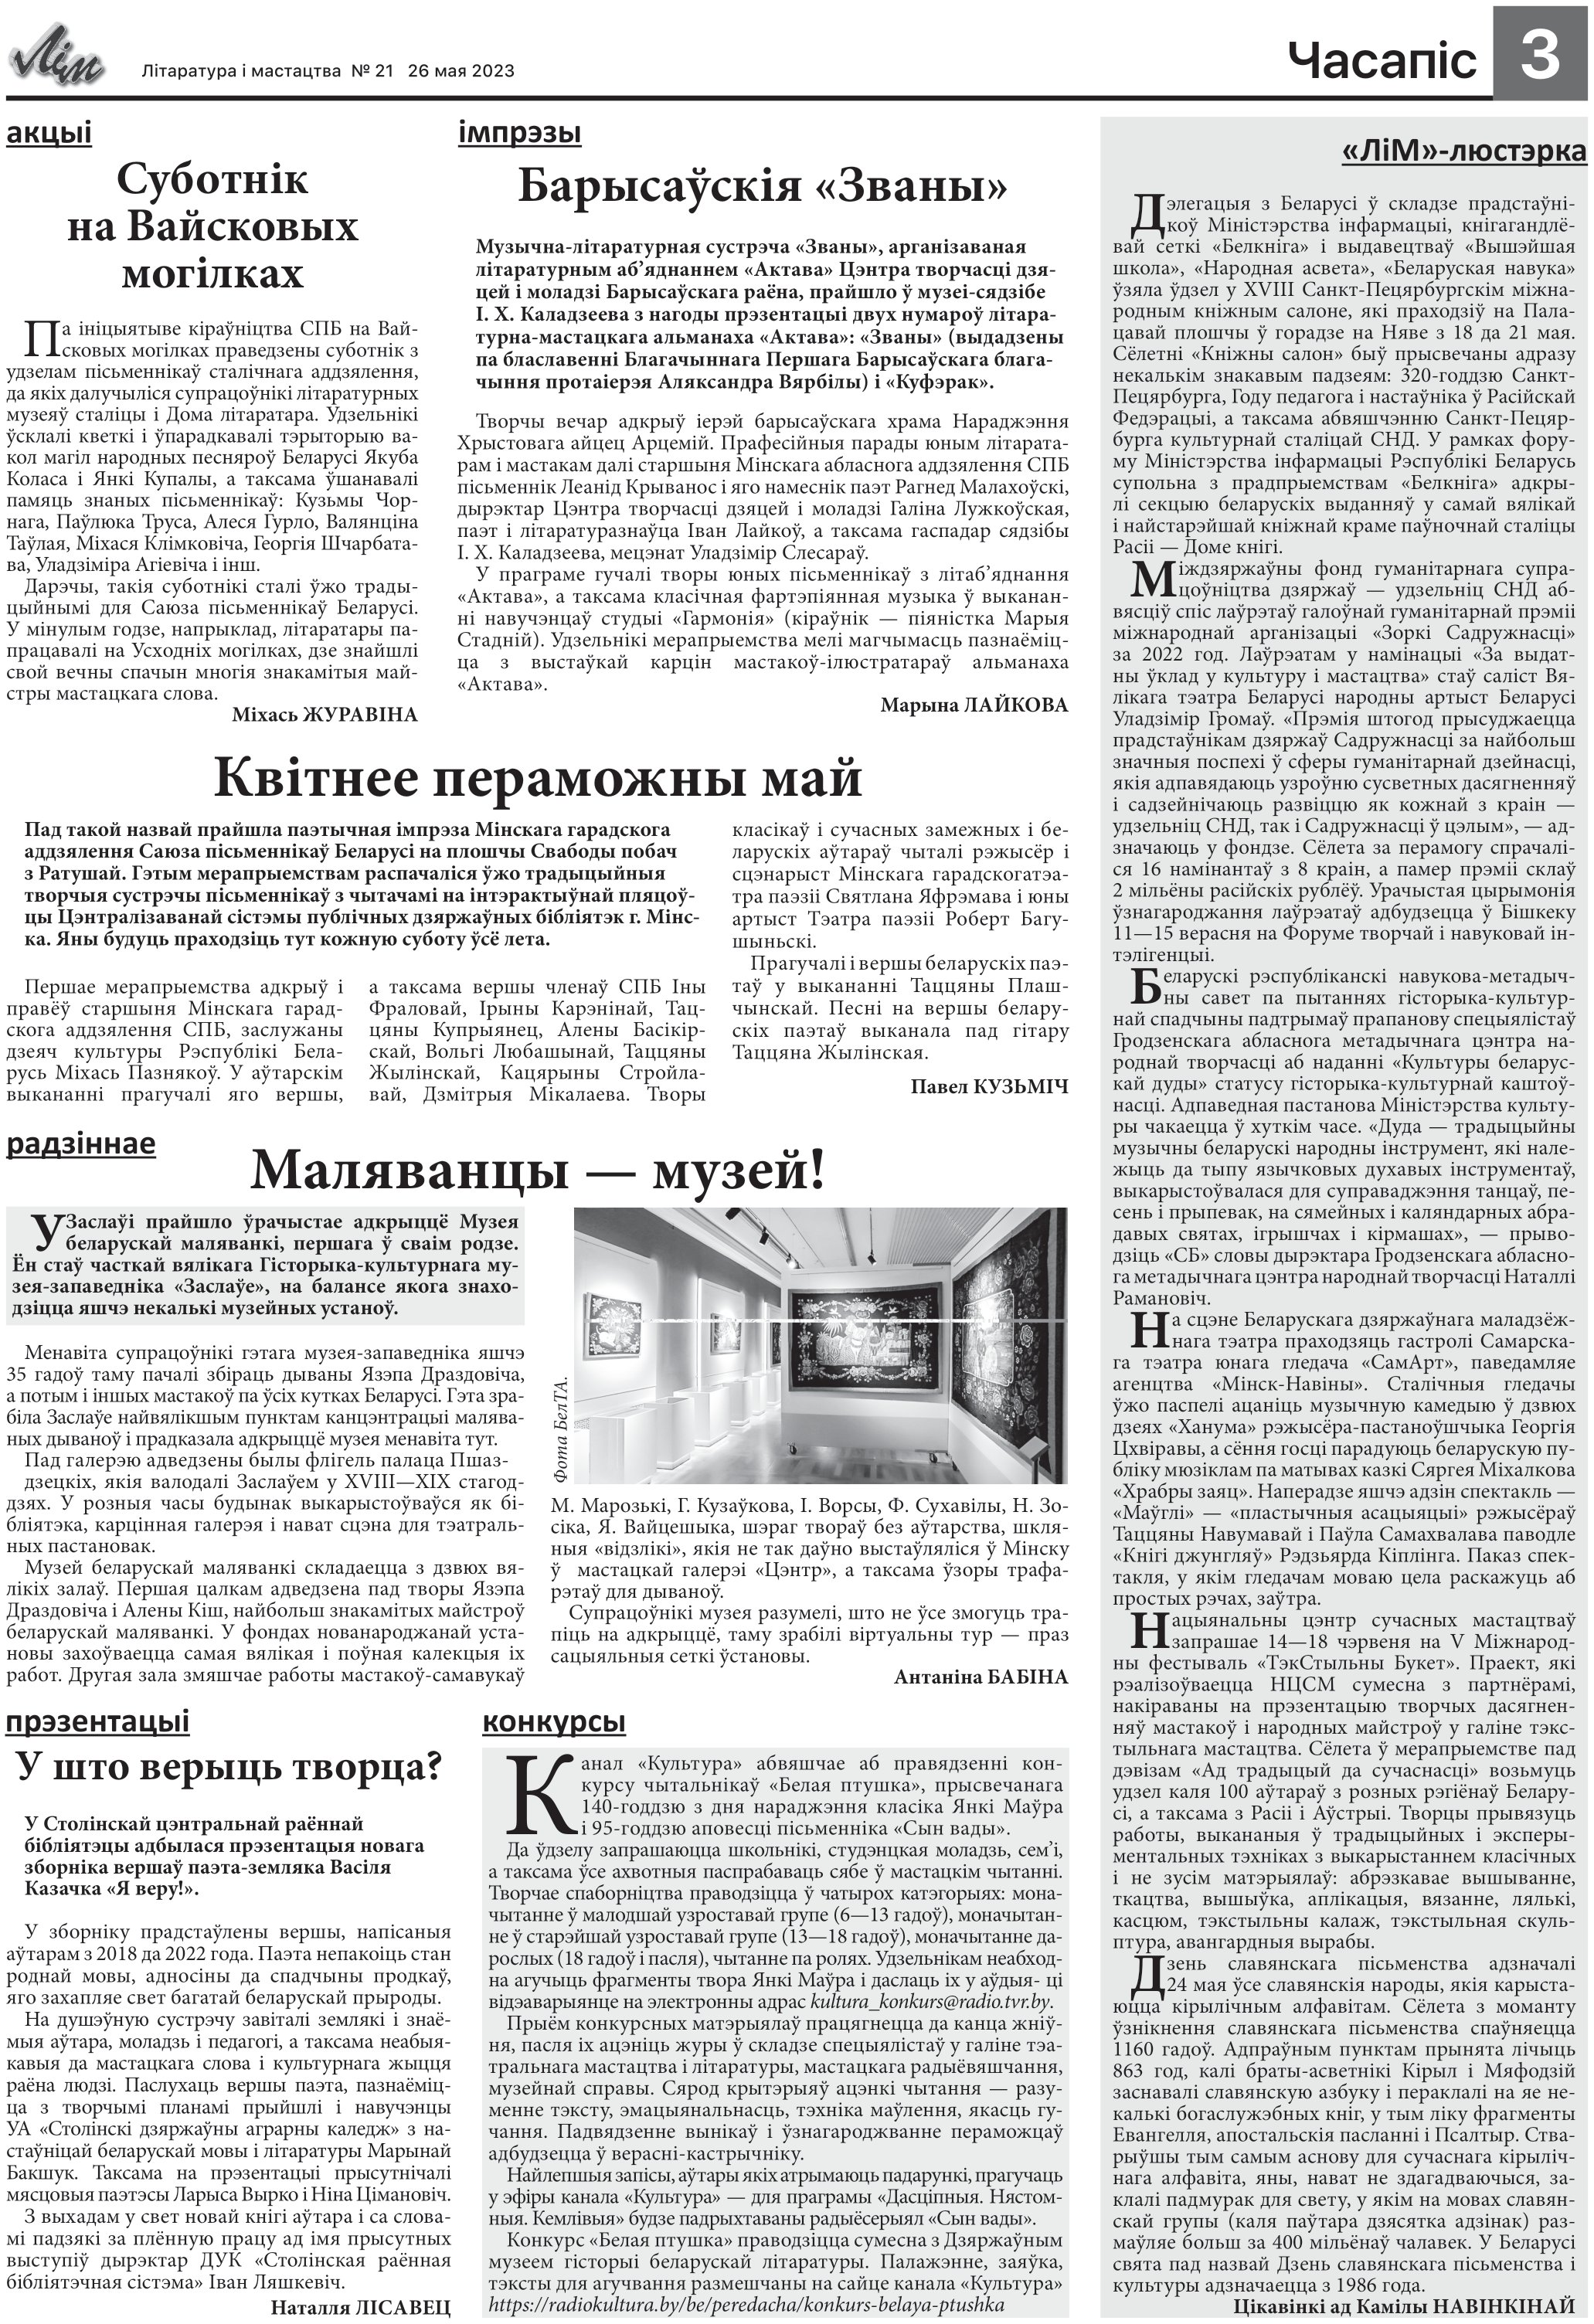
Language: be